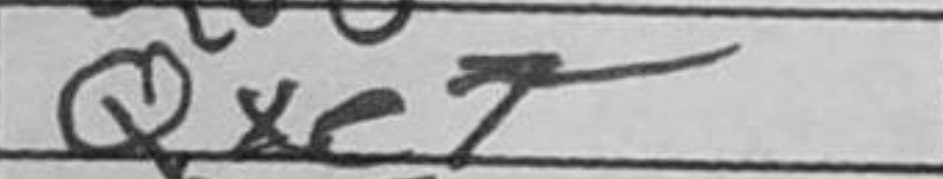
Transcription: Qxe7